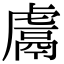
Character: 鬳